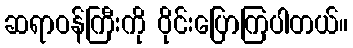
ဆရာဝန်ကြီးကို ဝိုင်းပြောကြပါတယ်။